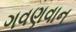
ગવણવાન